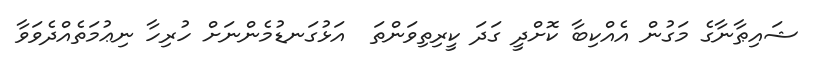
ޝައިޠާނާގެ މަގުން އެއްކިބާ ކޮށްދީ ގަދަ ކީރިތިވަންތަ  އަޅުގަނޑުމެންނަށް ހުރިހާ ނިޢުމަތެއްދެވަވާ